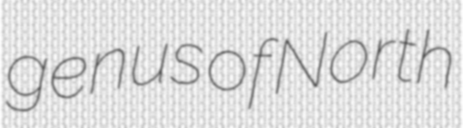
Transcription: genus of North